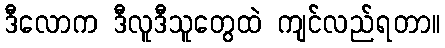
ဒီလောက ဒီလူဒီသူတွေထဲ ကျင်လည်ရတာ။